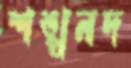
শঙ্খনদ